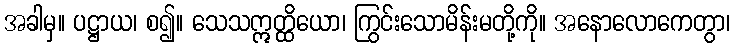
အခါမှ။ ပဋ္ဌာယ၊ စ၍။ သေသဣတ္ထိယော၊ ကြွင်းသောမိန်းမတို့ကို။ အနောလောကေတွာ၊